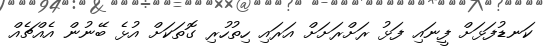
ކަނޑުފަޅަށް ފީނައި ފަޅު ރަށްރަށަށް އަރައި ހިތުހުރި ގޮތަކަށް އުޅެ ބޭނުން އެއްޗެއް